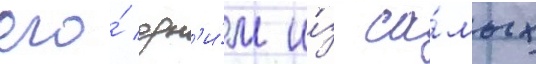
его́ одн'и́м и́з са́мых